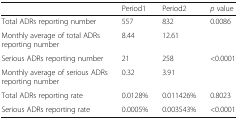
|  | Period1 | Period2 | p value |
 | --- | --- | --- | --- |
 | Total ADRs reporting number | 557 | 832 | 0.0086 |
 | Monthly average of total ADRs reporting number | 8.44 | 12.61 |  |
 | Serious ADRs reporting number | 21 | 258 | <0.0001 |
 | Monthly average of serious ADRs reporting number | 0.32 | 3.91 |  |
 | Total ADRs reporting rate | 0.0128% | 0.011426% | 0.8023 |
 | Serious ADRs reporting rate | 0.0005% | 0.003543% | <0.0001 |